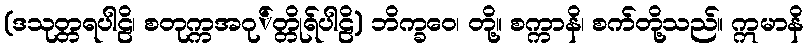
(ဒသုတ္တရပါဠိ၊ စတုက္ကအဂု်တ္တိုရ်ပါဠိ) ဘိက္ခဝေ၊ တို့။ စက္ကာနိ၊ စက်တို့သည်။ ဣမာနိ